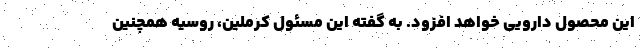
این محصول دارویی خواهد افزود. به گفته این مسئول کرملین،‌ روسیه همچنین